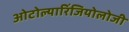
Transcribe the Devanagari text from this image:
ओटोल्यारिंजियोलोजी